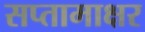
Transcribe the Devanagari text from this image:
सप्तामाक्षर